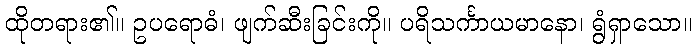
ထိုတရား၏။ ဥပရောဓံ၊ ဖျက်ဆီးခြင်းကို။ ပရိသင်္ကာယမာနော၊ ရွံရှာသော။